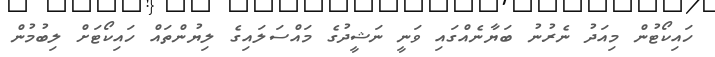
ހައިކޯޓުން މިއަދު ނެރުނު ބަޔާނެއްގައި ވަނީ ނަޝީދުގެ މައްސަލައިގެ ލިޔުންތައް ހައިކޯޓަށް ލިބުމުން